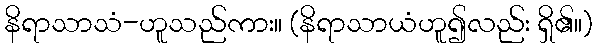
နိရာသာသံ-ဟူသည်ကား။ (နိရာသာယံဟူ၍လည်း ရှိ၏။)